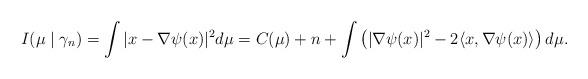
LaTeX: \begin{align*}I ( \mu \mid \gamma_n ) =\int |x-\nabla\psi(x)|^2d\mu=C(\mu)+n+\int\left(|\nabla\psi(x)|^2-2\langle x,\nabla\psi(x)\rangle\right)d\mu.\end{align*}